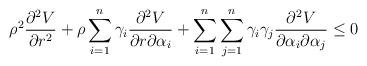
LaTeX: \begin{align*} &\rho^{2}\frac{\partial^{2}V}{\partial r^{2}}+\rho\sum\limits_{i=1}^{n}\gamma_{i}\frac{\partial^{2}V}{\partial r\partial\alpha_{i}}+\sum\limits_{i=1}^{n}\sum\limits_{j=1}^{n}\gamma_{i}\gamma_{j}\frac{\partial^{2}V}{\partial\alpha_{i}\partial\alpha_{j}}\leq 0 \end{align*}